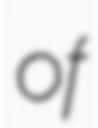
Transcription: of